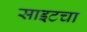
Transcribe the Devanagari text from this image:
साइटचा